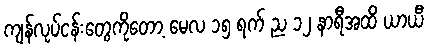
ကျန်လုပ်ငန်းတွေကိုတော့ မေလ ၁၅ ရက် ည ၁၂ နာရီအထိ ယာယီ